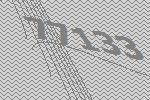
77133